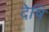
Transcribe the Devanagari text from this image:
देषि